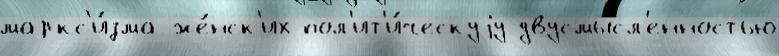
маркс'и́зма же́нск'их пол'ит'и́ческуjу двусмы́сл'енностью